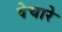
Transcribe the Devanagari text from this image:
वेचारे